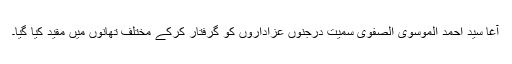
آغا سید احمد الموسوی الصفوی سمیت درجنوں عزاداروں کو گرفتار کرکے مختلف تھانوں میں مقید کیا گیا۔